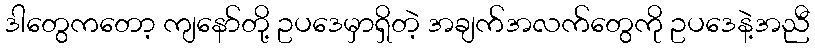
ဒါတွေကတော့ ကျနော်တို့ ဥပဒေမှာရှိတဲ့ အချက်အလက်တွေကို ဥပဒေနဲ့အညီ